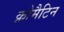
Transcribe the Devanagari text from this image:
क्रोमैटिन